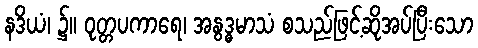
နဒိယံ၊ ၌။ ဝုတ္တပကာရေ၊ အနွဒ္ဓမာသံ စသည်ဖြင့်ဆိုအပ်ပြီးသော